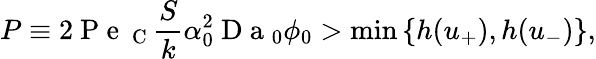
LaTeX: P\equiv 2\mathrm{~P~e~}_{\mathrm{~C~}}\frac{S}{k}\alpha_{0}^{2}\mathrm{~D~a~}_{0}\phi_{0}>\operatorname*{min}{\{ h(u_{+}),h(u_{-})\} },